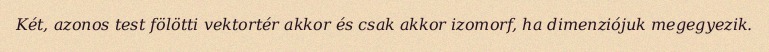
Két, azonos test fölötti vektortér akkor és csak akkor izomorf, ha dimenziójuk megegyezik.